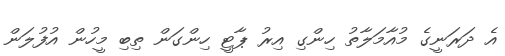
އެ ދަރަނީގެ މުއާމަލާތު ހިންގި އިރު ޕާޓީ ހިންގަން ތިބި މީހުން އުފުލަން